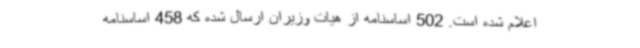
اعلام شده است. 502 اساسنامه از هیات وزیران ارسال شده که 458 اساسنامه